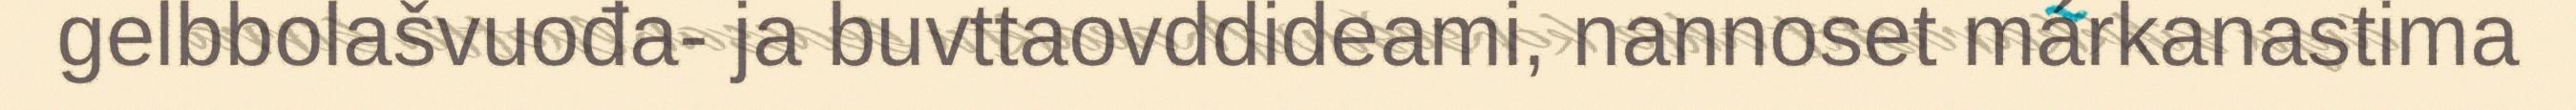
gelbbolašvuođa- ja buvttaovddideami, nannoset márkanastima